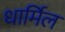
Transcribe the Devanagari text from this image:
धार्मिल